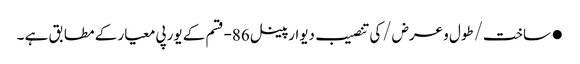
●ساخت/طول و عرض/کی تنصیب دیوار پینل 86-قسم کے یورپی معیار کے مطابق ہے ۔